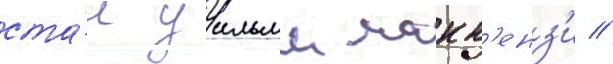
ста́л уильям макк'енз'и //